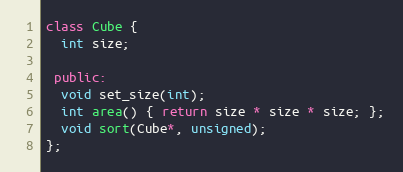
Language: C++
class Cube {
  int size;

 public:
  void set_size(int);
  int area() { return size * size * size; };
  void sort(Cube*, unsigned);
};